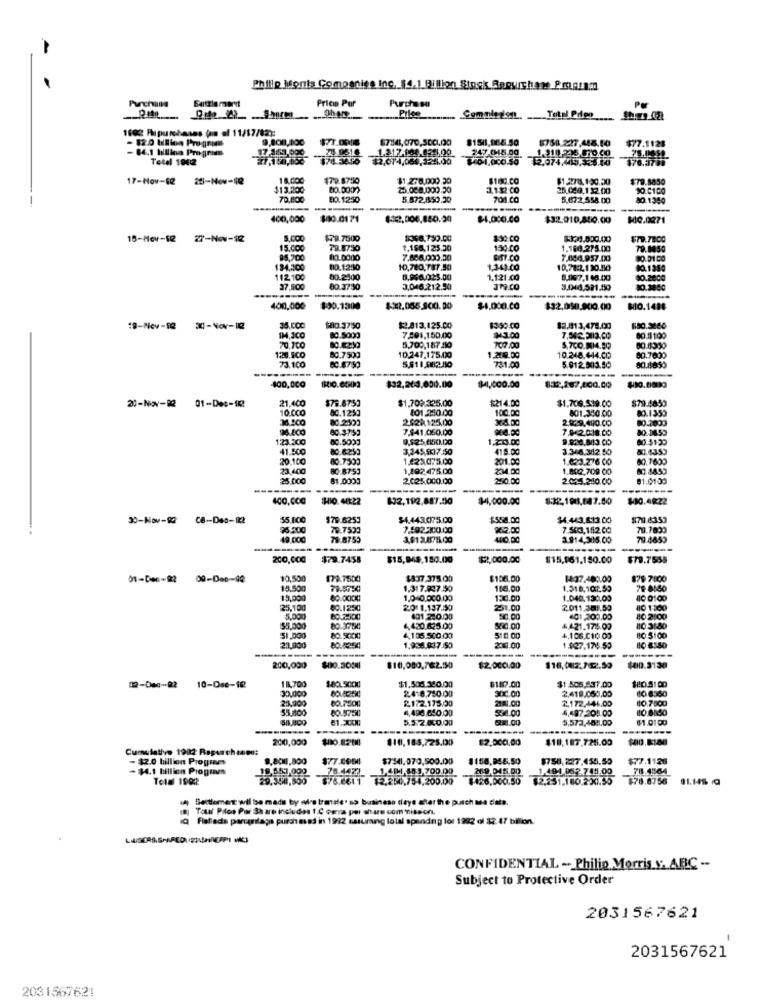
-
Phillip Monts Companies Inc. $4.1 Billion Stock Ropurchase Pmarm
Price Pur
Purchase
PM
Purchase
Prfoe
1602 Arpurchases (s of 11/17/82):
- 12.0 Million Progress
$758.227.448.10
$77.1128
- 84.1 billion Program
1.317-188.8241.00
247.045.00
1.318 243 870.Co
Total 1942
$74.3650
$2,074,064,32:1.00
1.01.000.50
2.074,449.356.10
17-Nov-62
18.000
179.8750
$1.278.000.30
$180.00
$1.2788.130.20
$79.8850
$13.200
80.0007
25.008.000.30
3.132.CO
25.049.132.00
90.6100
70.800
80.1250
5.872.8950.30
701.00
5.67:2.558.00
40.1350
400,000
$0.0171
$4.000.00
$32.910,800.00
MIG.0071
18-Nov-12
18-Nov-12 27-Nov-12
27-Nov-12
$79.7000
1368,750.00
$30.00
15.000
79.8750
1.156,125.30
150.00
1.160.275.00
79.8050
95,700
80.0000
7.886.000.30
7.684.957.00
$0.01 00
134,200
80.12:30
10,780,787.50
1,343.00
10,78:2,1 30.110
00.1380
112100
80.2400
6.936.023.00
1.1:21.00
8.167,1 48.00
40.2000
37.900
80.37:50
3,046.212.50
3.046.591.150
10.3000
400,000
$30.1300
$-12.055.3001. 00
$4.000.00
$32.050.900.00
MIO.1486
19-Nov-58
35,COC
$00.3750
$2.813.125.00
1350.00
82.913,478.00
00.5000
7.291,150.00
₩43.00
60.1109
70,700
80.12250
10.247,175.00
5,200,187 20
707.00
S.7CO.MI4.50
1220.500
73.100
60.7500
60.97:50
1.218.00
10.248.444.00
---
731.00
----
5.912.503.50
60.4855
400,000
$32,263,000.00
$4,000.00
$32,287,400.00
01-Des-12
21.400
$79.8750
$1.709.325.00
$214.00
$1.706.519.00
$79.4859
20-Nov-92
20-Nov-92 01-De :- 11
10.000
8C.1250
101.250.00
100.00
80.1359
36.500
80.2599
2.628125.00
x8.00
2.929.490.00
801.340.00
80.37:59
7.541.050.00
80.1455
123.500
80.5000
9.525,650.000
1.2:13.00
7.942.018.00
80:41:39
41.500
80.6259
3,245,57.50
418.00
3.346.342.50
51.4353
20.100
80.7590
1.223075.00
201.00
1.623.276 00
60.7600
23.400
80 87:53
1,292. 475.00
224.00
1.802.709 00
25.000
81.0000
2.025.000.00
250.00
2.02. 210.00
81.01.00
----
HIO. 44:22
$32,192.887.550
$4,000.00
$32.198,147.50
$10.4822
30-Nov-99
30-Nov-82 CB-Des-122
CB-Des-12
55.100
$79.6253
$4.443.075.00
$558.00
14.443.813.00
$71.4353
96,500
79.7530
7.192900.00
962.00
7.540,152.00
49.000
79.8755
3.914,315.00
79.4859
------
200.000
$79.7458
$15,949,180.00
$22,000.00
$15,961,150.00
$79.7555
01-Dec-22 00-Dec-42
10,500
$79.7500
$8.37.375.00
$1061.00
1437,480.00
878 7:00
15,500
78.57541
1.317.837.50
108.00
19,000
1.0 0.000.00
130.00
1.040.130.09
80 0100
25,100
80.1250
20 1.137.50
251.00
2011.201.59
40 1300
5.000
401 2:0.00
401.200.00
10 2:00
$5,000
80.3784
4,420.625.00
580.00
4,421.1715.00
10 3:50
51.000
4,105.500.00
510.00
4.106.010.00
B0 5:00
23,000
80.4254
1.935.037.50
-------..
200.00
1.$37.174.50
----
200,000
$10,000,762.50
$2,000.00
$16.082.702.50
$40.3130
18.700
$1.508 360.00
$187.00
180.5:00
02-Dec-22
02-Dec-22 10-Das-12
10-Dsc-12
180.50CM
24 87:0.00
$1 .508 437.00
2.419.050.00
10 8360
20,900
80.7500
2172.173.00
30C.00
2.172.446.00
10.7500
55.000
80.575
4,496.040.00
218.00
536.00
4,497.201.00
5.5:2.000.00
@0.00
5,573,451.00
41.01.00
200,000
$10, 185,725.020
$2.000.00
$18,187.725.00
$80.8:180
Cumulativo 1922 Ropurchases:
- $2.0 billion Programs
9.801,800
$77.0964
$7541.070.500.00
1158,955.50
1758,227.455.50
$77.11.26
- $4.1 billion Programs
78.4427
1.48-1,183.700.00
78.4964
Total 1982
723 ,754.200.00
$126.000.50
82.851.180.250.55
1.404 047 741.00
$78.8756
91.14$ @
Settlement will be made by wire transfer so business days after the pusch Ma data.
Tour Piles Per Share includes 1.0 omnis per share com MissorL.
Flafiada paregrilaga purch mad in 1912 assuming total spending los 1982 of $2.47 billion.
CONFIDENTIAL - Philip Morris v. ARC -.
Subject to Protective Order
2031567621
2031567621
2031567621